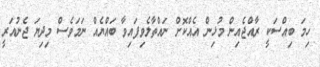
ހިމަ ބިއްސަކީ ރާއްޖެއިން މުޅިން އެއްކޮށް ނައްތާލެވިފައިވާ ބައްޔެއް ނަމަވެސް މިދިޔަ ޖެނުއަރީ